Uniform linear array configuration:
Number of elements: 48
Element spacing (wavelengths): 0.25
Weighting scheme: binomial
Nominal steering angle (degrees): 30
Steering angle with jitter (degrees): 30.299
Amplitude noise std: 0.05
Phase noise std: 0.05

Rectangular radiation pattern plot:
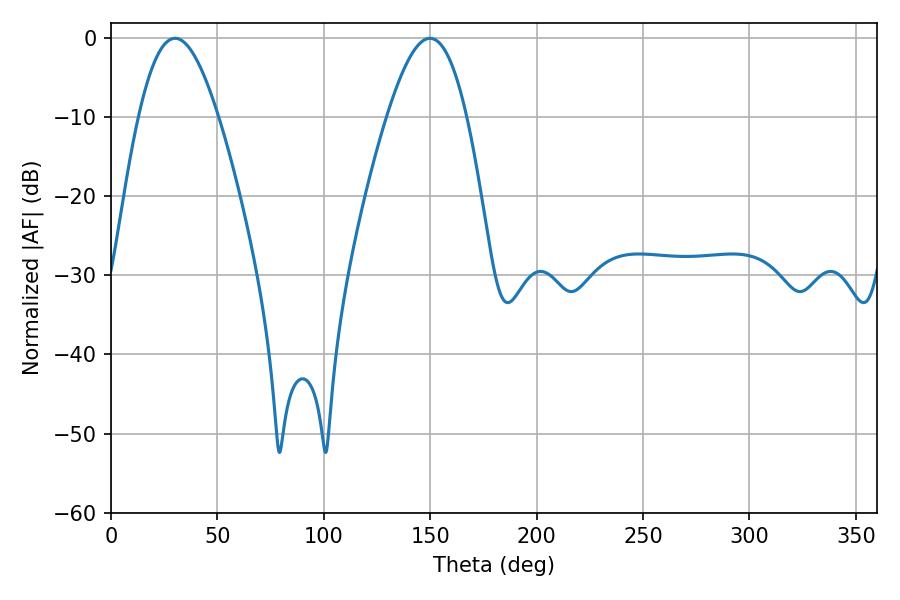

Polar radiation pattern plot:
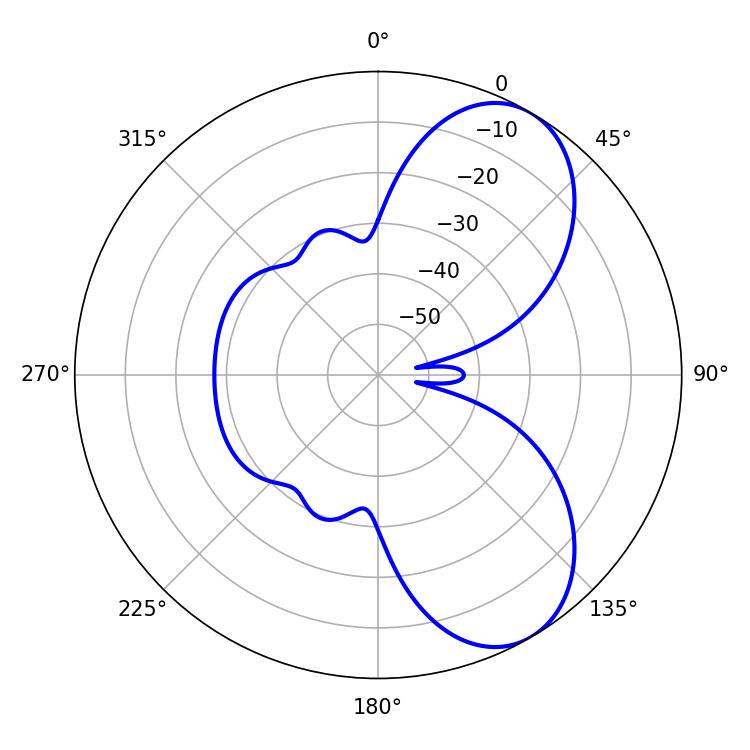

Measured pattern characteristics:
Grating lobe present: FALSE
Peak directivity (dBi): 7.12
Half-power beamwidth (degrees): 20.16
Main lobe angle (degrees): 30.06